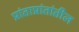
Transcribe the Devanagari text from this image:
प्रांताप्रांतांतील